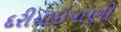
દરીયાઇપાણી